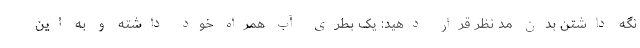
نگه داشتن بدن مد نظر قرار دهید: یک بطری آب همراه خود داشته و به این